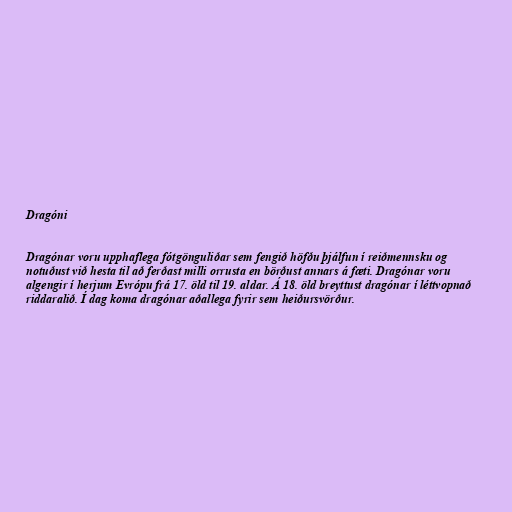
Dragóni

Dragónar voru upphaflega fótgönguliðar sem fengið höfðu þjálfun í reiðmennsku og
notuðust við hesta til að ferðast milli orrusta en börðust annars á fæti. Dragónar voru
algengir í herjum Evrópu frá 17. öld til 19. aldar. Á 18. öld breyttust dragónar í léttvopnað
riddaralið. Í dag koma dragónar aðallega fyrir sem heiðursvörður.